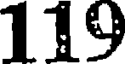
119